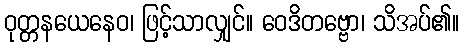
ဝုတ္တနယေနေဝ၊ ဖြင့်သာလျှင်။ ဝေဒိတဗ္ဗော၊ သိအပ်၏။